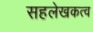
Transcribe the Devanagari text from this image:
सहलेखकत्व